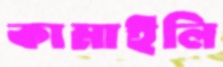
কামাইলি